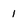
Character: 1